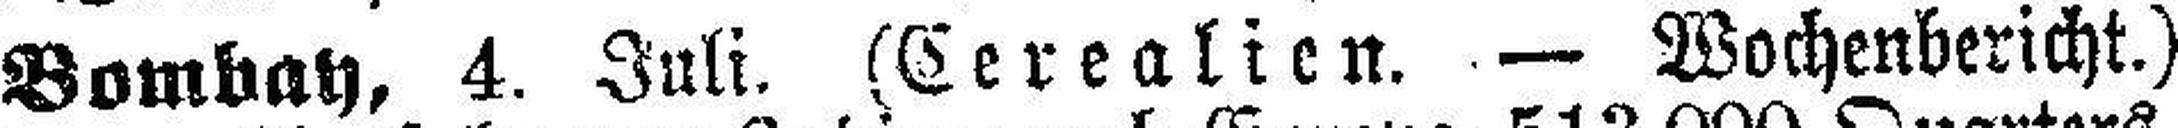
Bombay, 4. Juli. (Cerealien. — Wochenbericht.)